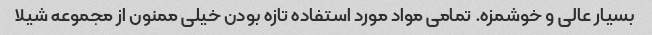
بسیار عالی و خوشمزه. تمامی مواد مورد استفاده تازه بودن خیلی ممنون از مجموعه شیلا